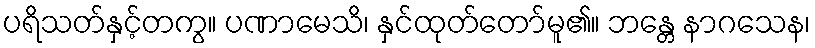
ပရိသတ်နှင့်တကွ။ ပဏာမေသိ၊ နှင်ထုတ်တော်မူ၏။ ဘန္တေ နာဂသေန၊